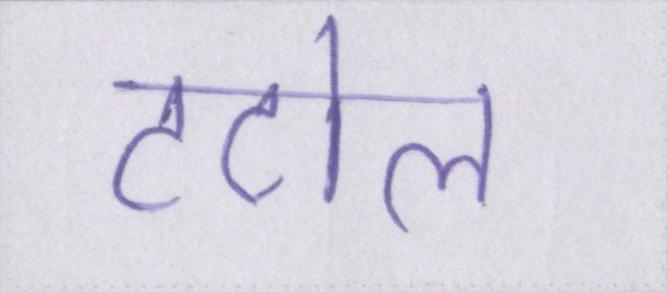
टटोल